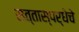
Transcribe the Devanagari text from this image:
सत्तास्पर्धेचे